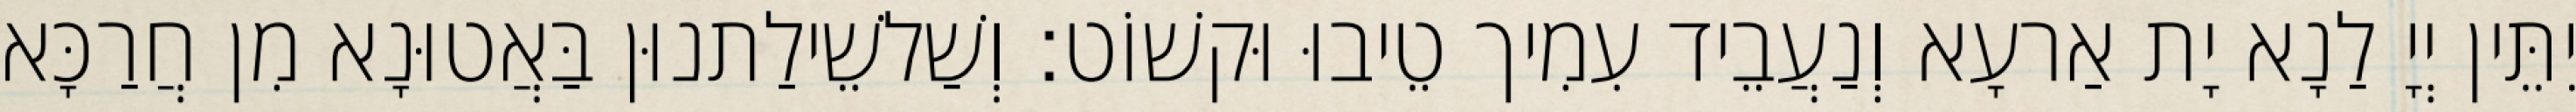
יִתֵּין יְיָ לַנָא יָת אַרעָא וְנַעֲבֵיד עִמִיך טֵיבוּ וּקשׁוֹט׃ וְשַׁלשֵׁילַתנוּן בַּאֲטוּנָא מִן חֲרַכָּא